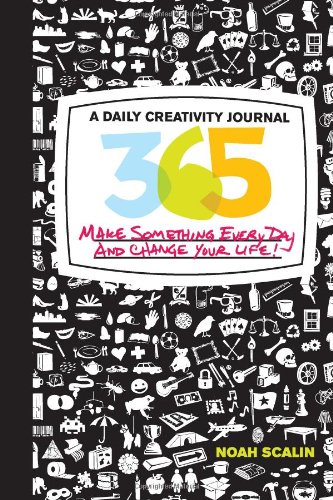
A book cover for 365: A Daily Creativity Journal: Make Something Every Day and Change Your Life!; Noah Scalin; Crafts, Hobbies & Home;